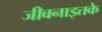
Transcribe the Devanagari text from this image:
जीवनाइतके